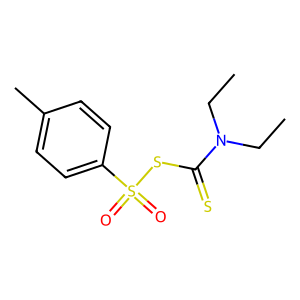
SMILES: CCN(CC)C(=S)SS(=O)(=O)c1ccc(C)cc1
Inhibits HIV replication: No